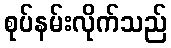
စုပ်နမ်းလိုက်သည်